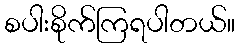
စပါးစိုက်ကြရပါတယ်။